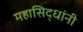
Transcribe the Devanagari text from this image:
महासिद्धांनी